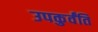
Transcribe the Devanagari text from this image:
उपकुर्वंति